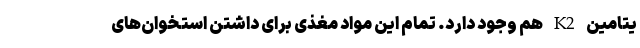
یتامین K2 هم وجود دارد. تمام این مواد مغذی برای داشتن استخوان‌های